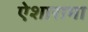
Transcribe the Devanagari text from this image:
ऐशारामा